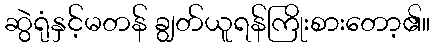
ဆွဲရုံနှင့်မတန် ချွတ်ယူရန်ကြိုးစားတော့၏။